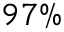
9 7 \%